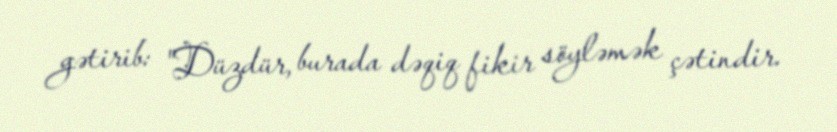
gətirib: "Düzdür, burada dəqiq fikir söyləmək çətindir.